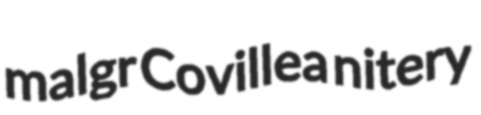
malgr Covillea nitery